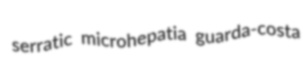
serratic microhepatia guarda-costa